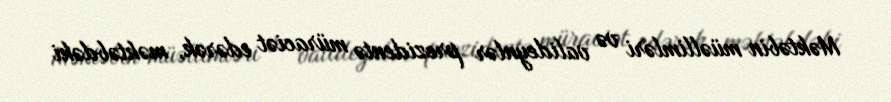
Məktəbin müəllimləri və valideynlər prezidentə müraciət edərək, məktəbdəki